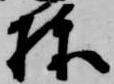
棟